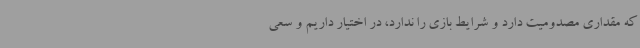
که مقداری مصدومیت دارد و شرایط بازی را ندارد، در اختیار داریم و سعی‌